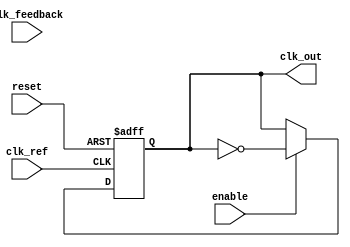
module ADPLL (
    input wire clk_ref,          // Reference clock input
    input wire clk_feedback,     // Feedback clock input from VCO
    input wire reset,            // Reset signal
    input wire enable,           // Enable signal for the ADPLL
    output reg clk_out           // Output clock signal
);

// Parameters
parameter PHASE_WIDTH = 8;     // Width for phase information
parameter FILTER_COEFF = 4;     // Coefficient for digital loop filter

// Internal signals
reg [PHASE_WIDTH-1:0] phase_error; // Phase error signal
reg [PHASE_WIDTH-1:0] control_signal; // Control signal for VCO
reg [PHASE_WIDTH-1:0] vco_frequency; // VCO frequency control
reg [PHASE_WIDTH-1:0] memory_block; // Memory block for storing parameters

// Phase Detector (PD)
always @(posedge clk_ref or posedge reset) begin
    if (reset) begin
        phase_error <= 0;
    end else if (enable) begin
        // Simple phase error detection (example logic)
        if (clk_ref && !clk_feedback) begin
            phase_error <= phase_error + 1; // Phase leading
        end else if (!clk_ref && clk_feedback) begin
            phase_error <= phase_error - 1; // Phase lagging
        end
    end
end

// Digital Loop Filter (DLF)
always @(posedge clk_ref or posedge reset) begin
    if (reset) begin
        control_signal <= 0;
    end else if (enable) begin
        // Simple first-order filter
        control_signal <= control_signal + (phase_error >> FILTER_COEFF);
    end
end

// Voltage-Controlled Oscillator (VCO)
always @(posedge clk_ref or posedge reset) begin
    if (reset) begin
        vco_frequency <= 0;
        clk_out <= 0;
    end else if (enable) begin
        // Adjust VCO frequency based on control signal
        vco_frequency <= control_signal;
        // Generate output clock based on VCO frequency (simple toggle for example)
        clk_out <= ~clk_out;
    end
end

// Memory Block
always @(posedge clk_ref or posedge reset) begin
    if (reset) begin
        memory_block <= 0; // Initialize memory block
    end else if (enable) begin
        // Update memory block with new parameters (example logic)
        memory_block <= control_signal; // Store control signal
    end
end

endmodule